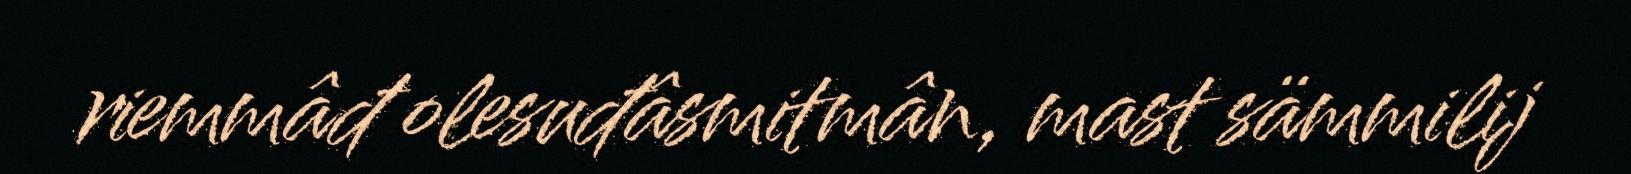
riemmâđ olesuđâsmitmân, mast sämmilij